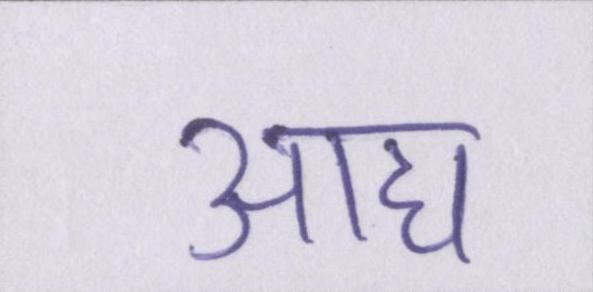
आद्य